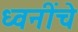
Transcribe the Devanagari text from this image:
ध्वनींचे